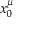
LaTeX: x _ { 0 } ^ { \mu }